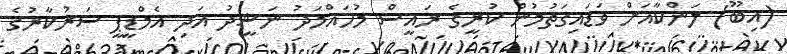
(އިބޫ) ލަންކާއަށް ވަޑައިގަތުމުން ކުރީގެ ރައީސް މުހައްމަދު ނަޝީދު އަދި އެމްޑީޕީ ސަރުކާރުގެ